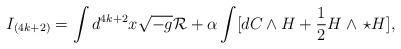
LaTeX: \begin{align*}I_{(4k+2)}=\int d^{4k+2}x\sqrt{-g}{\cal R}+\alpha\int[dC\wedge H+{1\over 2}H\wedge\,\star H],\end{align*}